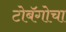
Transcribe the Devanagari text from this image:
टोबॅगोचा